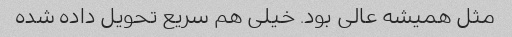
مثل همیشه عالی بود. خیلی هم سریع تحویل داده شده